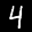
Label: 4